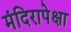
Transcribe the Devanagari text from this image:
मंदिरापेक्षा